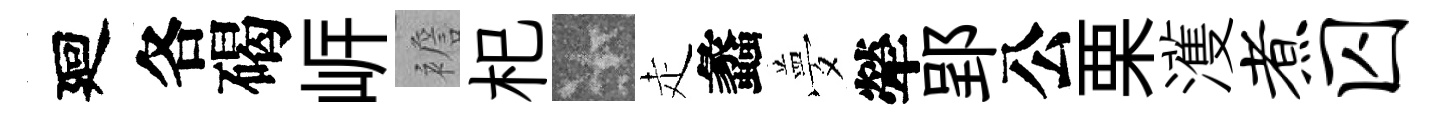
廻各碣㟁襜𣏌卡走蠡夢犖郢公栗濩煮囚